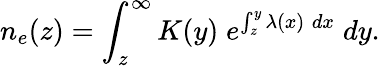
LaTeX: n_{e}(z)=\int_{z}^{\infty}K(y)\; e^{\int_{z}^{y}\lambda(x)\; dx}\; dy.